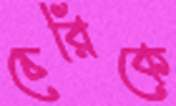
চেরিকে